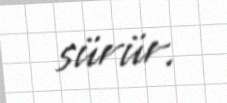
sürür.